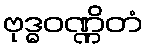
ဗုဒ္ဓဝဏ္ဏိတံ